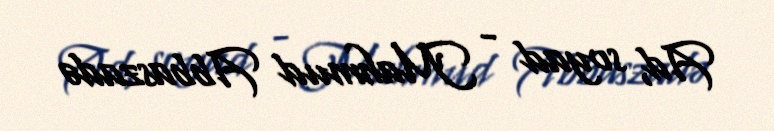
Ad, soyad - Mahmud Abbaszadə